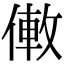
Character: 僌